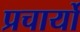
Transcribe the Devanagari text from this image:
प्रचार्यो